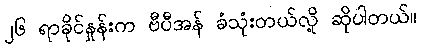
၂၆ ရာခိုင်နှုန်းက ဗီပီအန် ခံသုံးတယ်လို့ ဆိုပါတယ်။